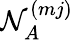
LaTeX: \mathcal{N}_{A}^{(mj)}